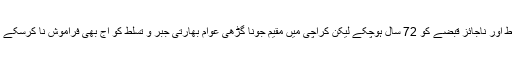
آج جونا گڑھ پر بھارتی تسلط اور ناجائز قبضے کو 72 سال ہوچکے لیکن کراچی میں مقیم جونا گڑھی عوام بھارتی جبر و تسلط کو آج بھی فراموش نا کرسکے ان کا زخم آج بھی تازہ ہے۔